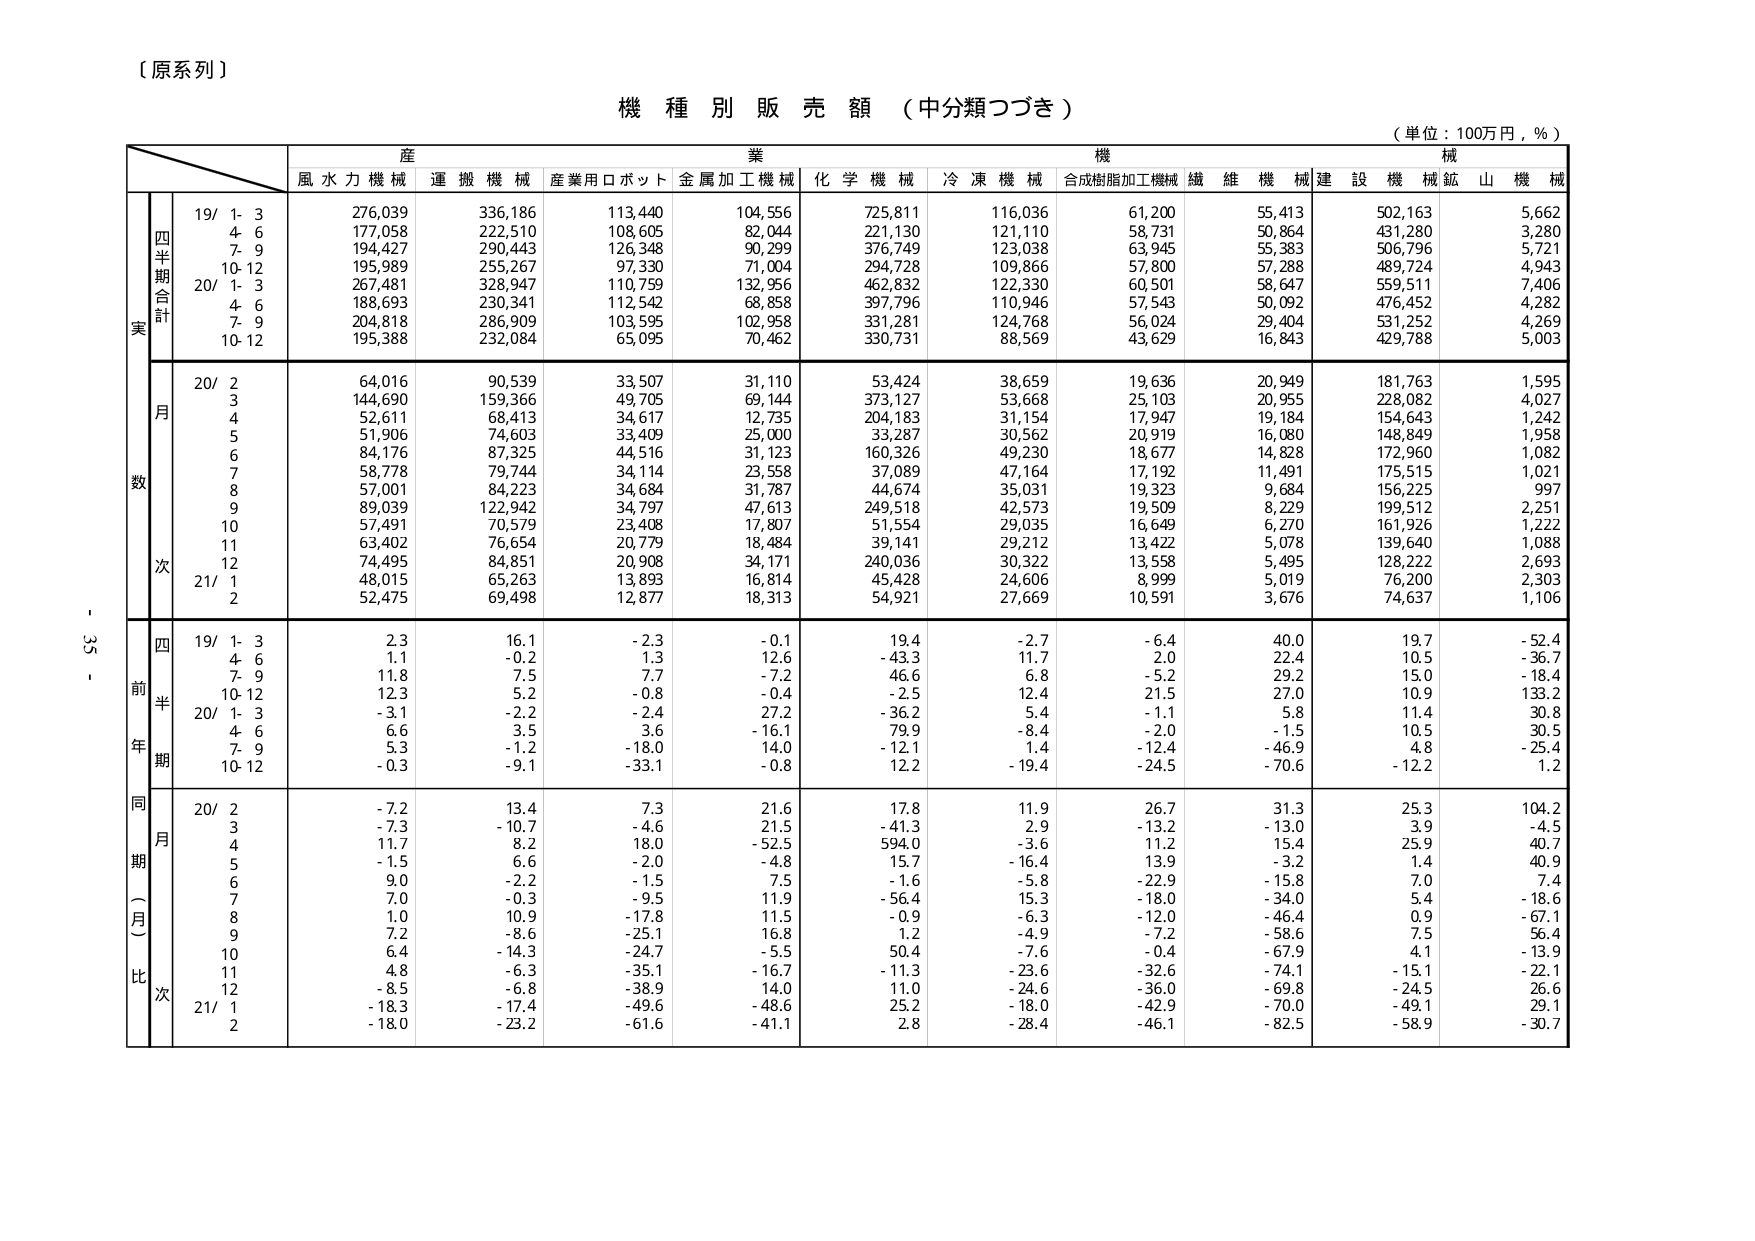
【原系列】

機種別販売額（中分類つづき）
（単位：100万円，％）

産業機械
風水力機械 運搬機械 産業用ロボット 金属加工機械 化学機械 冷凍機械 合成樹脂加工機械 繊維機械 建設機械 鉱山機械

実
四半期合計
19/ 1-3 276,039 336,186 113,440 104,556 725,811 116,036 61,200 55,413 502,163 5,662
4-6 177,058 222,510 108,605 82,044 221,130 121,110 58,731 50,864 431,280 3,280
7-9 194,427 290,443 126,348 90,299 376,749 123,038 63,945 55,383 506,796 5,721
10-12 195,989 255,267 97,330 71,004 294,728 109,866 57,800 57,288 489,724 4,943
20/ 1-3 267,481 328,947 110,759 132,956 462,832 122,330 60,501 58,647 559,511 7,406
4-6 188,693 230,341 112,542 68,858 397,796 110,946 57,543 50,092 476,452 4,282
7-9 204,818 286,909 103,595 102,958 331,281 124,768 56,024 29,404 531,252 4,269
10-12 195,388 232,084 65,095 70,462 330,731 88,569 43,629 16,843 429,788 5,003

数
月
20/ 2 64,016 90,539 33,507 31,110 53,424 38,659 19,636 20,949 181,763 1,595
3 144,690 159,366 49,705 69,144 373,127 53,668 25,103 20,955 228,082 4,027
4 52,611 68,413 34,617 12,735 204,183 31,154 17,947 19,184 154,643 1,242
5 51,906 74,603 33,409 25,000 33,287 30,562 20,919 16,080 148,849 1,958
6 84,176 87,325 44,516 31,123 160,326 49,230 18,677 14,828 172,960 1,082
7 58,778 79,744 34,114 23,558 37,089 47,164 17,192 11,491 175,515 1,021
8 57,001 84,223 34,684 31,787 44,674 35,031 19,323 9,684 156,225 997
9 89,039 122,942 34,797 47,613 249,518 42,573 19,509 8,229 199,512 2,251
10 57,491 70,579 23,408 17,807 51,554 29,035 16,649 6,270 161,926 1,222
11 63,402 76,654 20,779 18,484 39,141 29,212 13,422 5,078 139,640 1,088
12 74,495 84,851 20,908 34,171 240,036 30,322 13,558 5,495 128,222 2,693
21/ 1 48,015 65,263 13,893 16,814 45,428 24,606 8,999 5,019 76,200 2,303
2 52,475 69,498 12,877 18,313 54,921 27,669 10,591 3,676 74,637 1,106

前年同期比
四半期
19/ 1-3 2.3 16.1 -2.3 -0.1 19.4 -2.7 -6.4 40.0 19.7 -52.4
4-6 1.1 -0.2 1.3 12.6 -43.3 11.7 2.0 22.4 10.5 -36.7
7-9 11.8 7.5 7.7 -7.2 46.6 6.8 -5.2 29.2 15.0 -18.4
10-12 12.3 5.2 -0.8 -0.4 -2.5 12.4 21.5 27.0 10.9 133.2
20/ 1-3 -3.1 -2.2 -2.4 27.2 -36.2 5.4 -1.1 5.8 11.4 30.8
4-6 6.6 3.5 3.6 -16.1 79.9 -8.4 -2.0 -1.5 10.5 30.5
7-9 5.3 -1.2 -18.0 14.0 -12.1 1.4 -12.4 -46.9 4.8 -25.4
10-12 -0.3 -9.1 -33.1 -0.8 12.2 -19.4 -24.5 -70.6 -12.2 1.2

同月比
20/ 2 -7.2 13.4 7.3 21.6 17.8 11.9 26.7 31.3 25.3 104.2
3 -7.3 -10.7 -4.6 21.5 -41.3 2.9 -13.2 -13.0 3.9 -4.5
4 11.7 8.2 18.0 -52.5 594.0 -3.6 11.2 15.4 25.9 40.7
5 -1.5 6.6 -2.0 -4.8 15.7 -16.4 13.9 -3.2 1.4 40.9
6 9.0 -2.2 -1.5 7.5 -1.6 -5.8 -22.9 -15.8 7.0 7.4
7 7.0 -0.3 -9.5 11.9 -56.4 15.3 -18.0 -34.0 5.4 -18.6
8 1.0 10.9 -17.8 11.5 -0.9 -6.3 -12.0 -46.4 0.9 -67.1
9 7.2 -8.6 -25.1 16.8 1.2 -4.9 -7.2 -58.6 7.5 56.4
10 6.4 -14.3 -24.7 -5.5 50.4 -7.6 -0.4 -67.9 4.1 -13.9
11 4.8 -6.3 -35.1 -16.7 11.3 -23.6 -32.6 -74.1 -15.1 -22.1
12 -8.5 -6.8 -38.9 14.0 11.0 -24.6 -36.0 -69.8 -24.5 26.6
21/ 1 -18.3 -17.4 -49.6 -48.6 25.2 -18.0 -42.9 -70.0 -49.1 29.1
2 -18.0 -23.2 -61.6 -41.1 2.8 -28.4 -46.1 -82.5 -58.9 -30.7

- 33 -